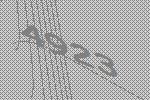
4923